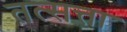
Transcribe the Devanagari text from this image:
तत्सत्ता